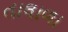
તાલાળા